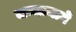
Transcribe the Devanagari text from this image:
जन्मामागे